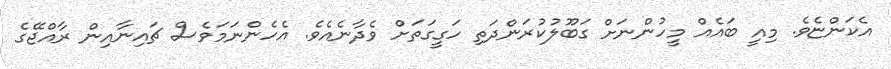
އެކަންޏެވެ. މިއީ ބައެއް މީހުންނަށް ގަބޫލުކުރަންދަތި ހަގީގަތަށް ވެދާނެއެވެ. އެހެންނަމަވެސް ޗައިނާއިން ރާއްޖޭގެ